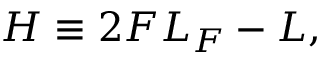
{ \cal H } \equiv 2 F { \cal L } _ { F } - { \cal L } ,